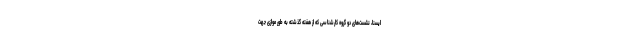
ایسنا،‌ نشست‌های دو گروه کارشناسی که از هفته گذشته به طور موازی جهت